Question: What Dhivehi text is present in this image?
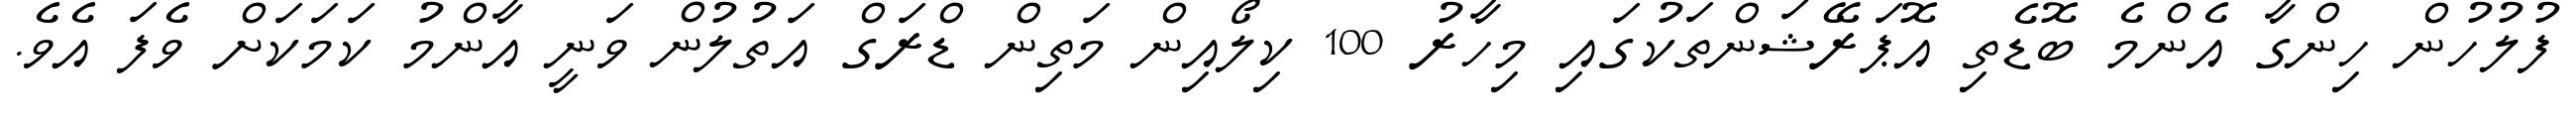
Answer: ފުލުހުން ހިންގާ އެންމެ ބޮޑެތި އޮޕަރޭޝަންތަކުގައި މިހާރު 100 ކިލޯއިން މަތިން ޑްރަގް އަތުލުން ވަނީ އާންމު ކަމަކަށް ވެފަ އެވެ.